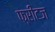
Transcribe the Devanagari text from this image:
फ्रीटज